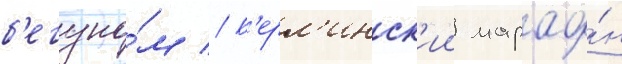
б'егуно́м // Б'ерл'инск'ии марафо́н